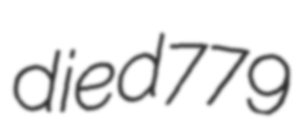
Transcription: died 779